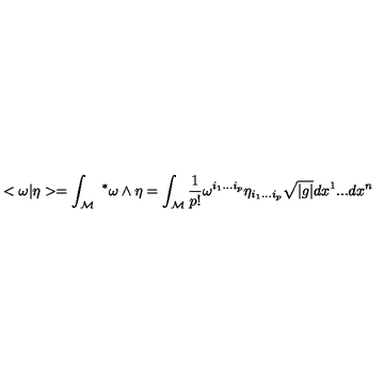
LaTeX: < \omega | \eta > = \int _ { \mathcal { M } } \ ^ { * } \omega \wedge \eta = \int _ { \mathcal { M } } \frac { 1 } { p ! } \omega ^ { i _ { 1 } . . . i _ { p } } \eta _ { i _ { 1 } . . . i _ { p } } \sqrt { | g | } d x ^ { 1 } . . . d x ^ { n }